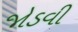
જોડવી